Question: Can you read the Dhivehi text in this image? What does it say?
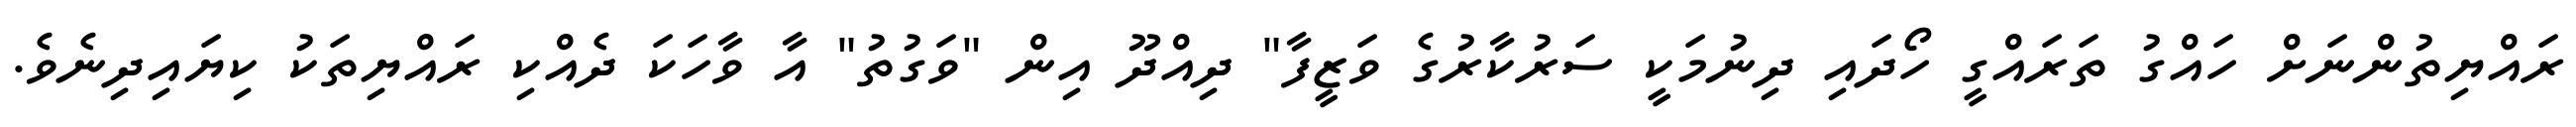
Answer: ރައްޔިތުންނަށް ހައްގު ތަރައްގީ ހޯދައި ދިނުމަކީ ސަރުކާރުގެ ވަޒީފާ" ދިއްދޫ އިން "ވަގުތު" އާ ވާހަކަ ދެއްކި ރައްޔިތަކު ކިޔައިދިނެވެ.